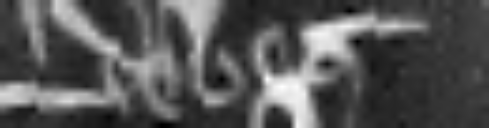
debet